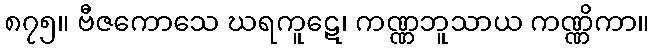
၈၇၅။ ဗီဇကောသေ ဃရကူဋေ၊ ကဏ္ဏဘူသာယ ကဏ္ဏိကာ။